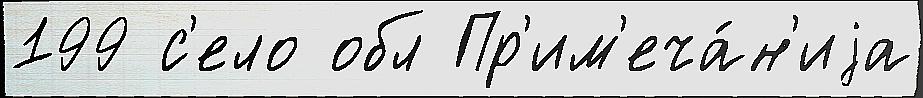
199 с'ело обл Пр'им'еча́н'иjа